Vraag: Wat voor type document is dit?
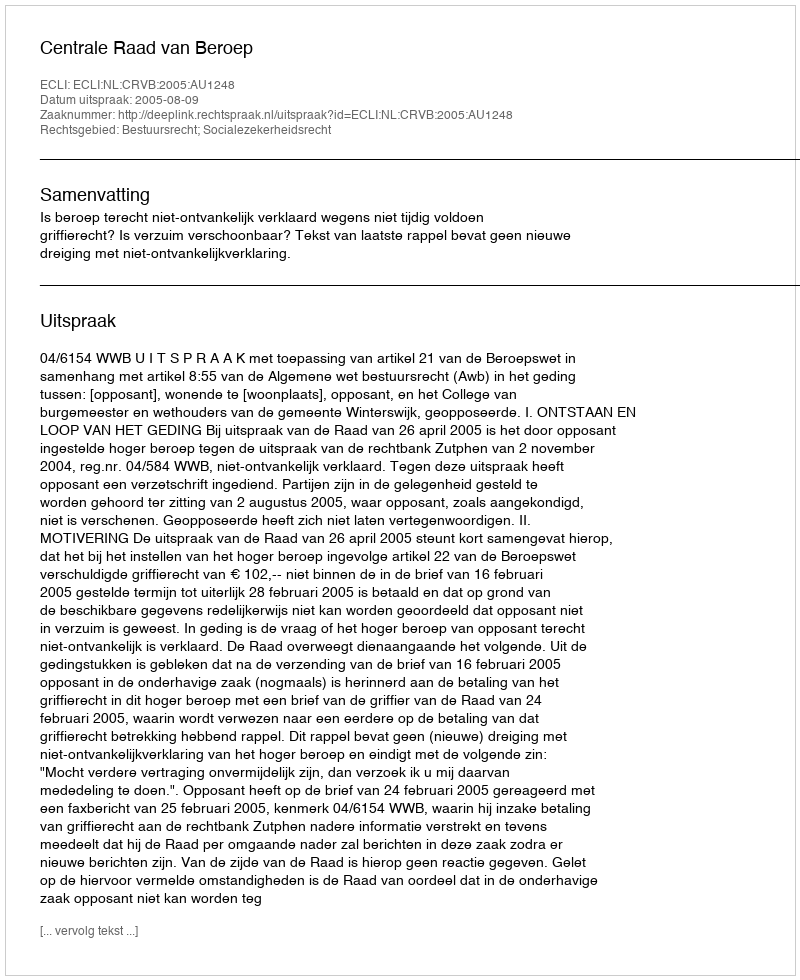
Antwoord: Uitspraak